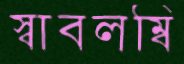
স্বাবলম্বি